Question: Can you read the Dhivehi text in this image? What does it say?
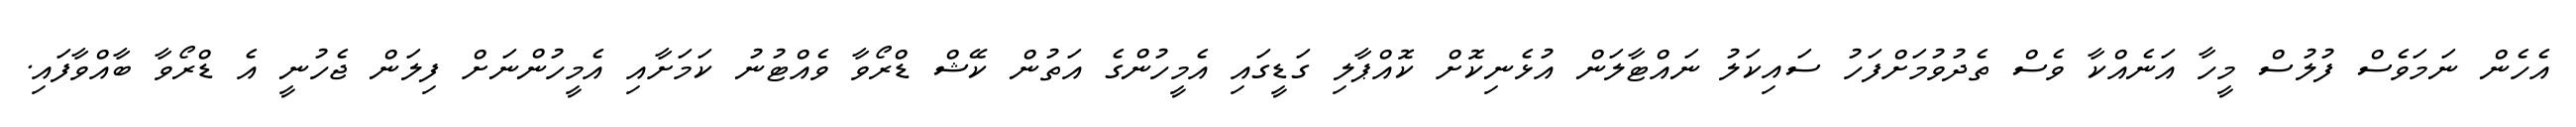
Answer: އެހެން ނަމަވެސް ފުލުސް މީހާ އަނެއްކާ ވެސް ތެދުވުމަށްފަހު ސައިކަލު ނައްޓާލަން އުޅެނިކޮށް ކޮއްޕާލި ގަޑީގައި އެމީހުންގެ އަތުން ކޭޝް ޑްރޯވާ ވެއްޓުނު ކަމަށާއި އެމީހުންނަށް ފިލަން ޖެހުނީ އެ ޑްރޯވާ ބާއްވާފައި.